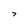
Character: 7